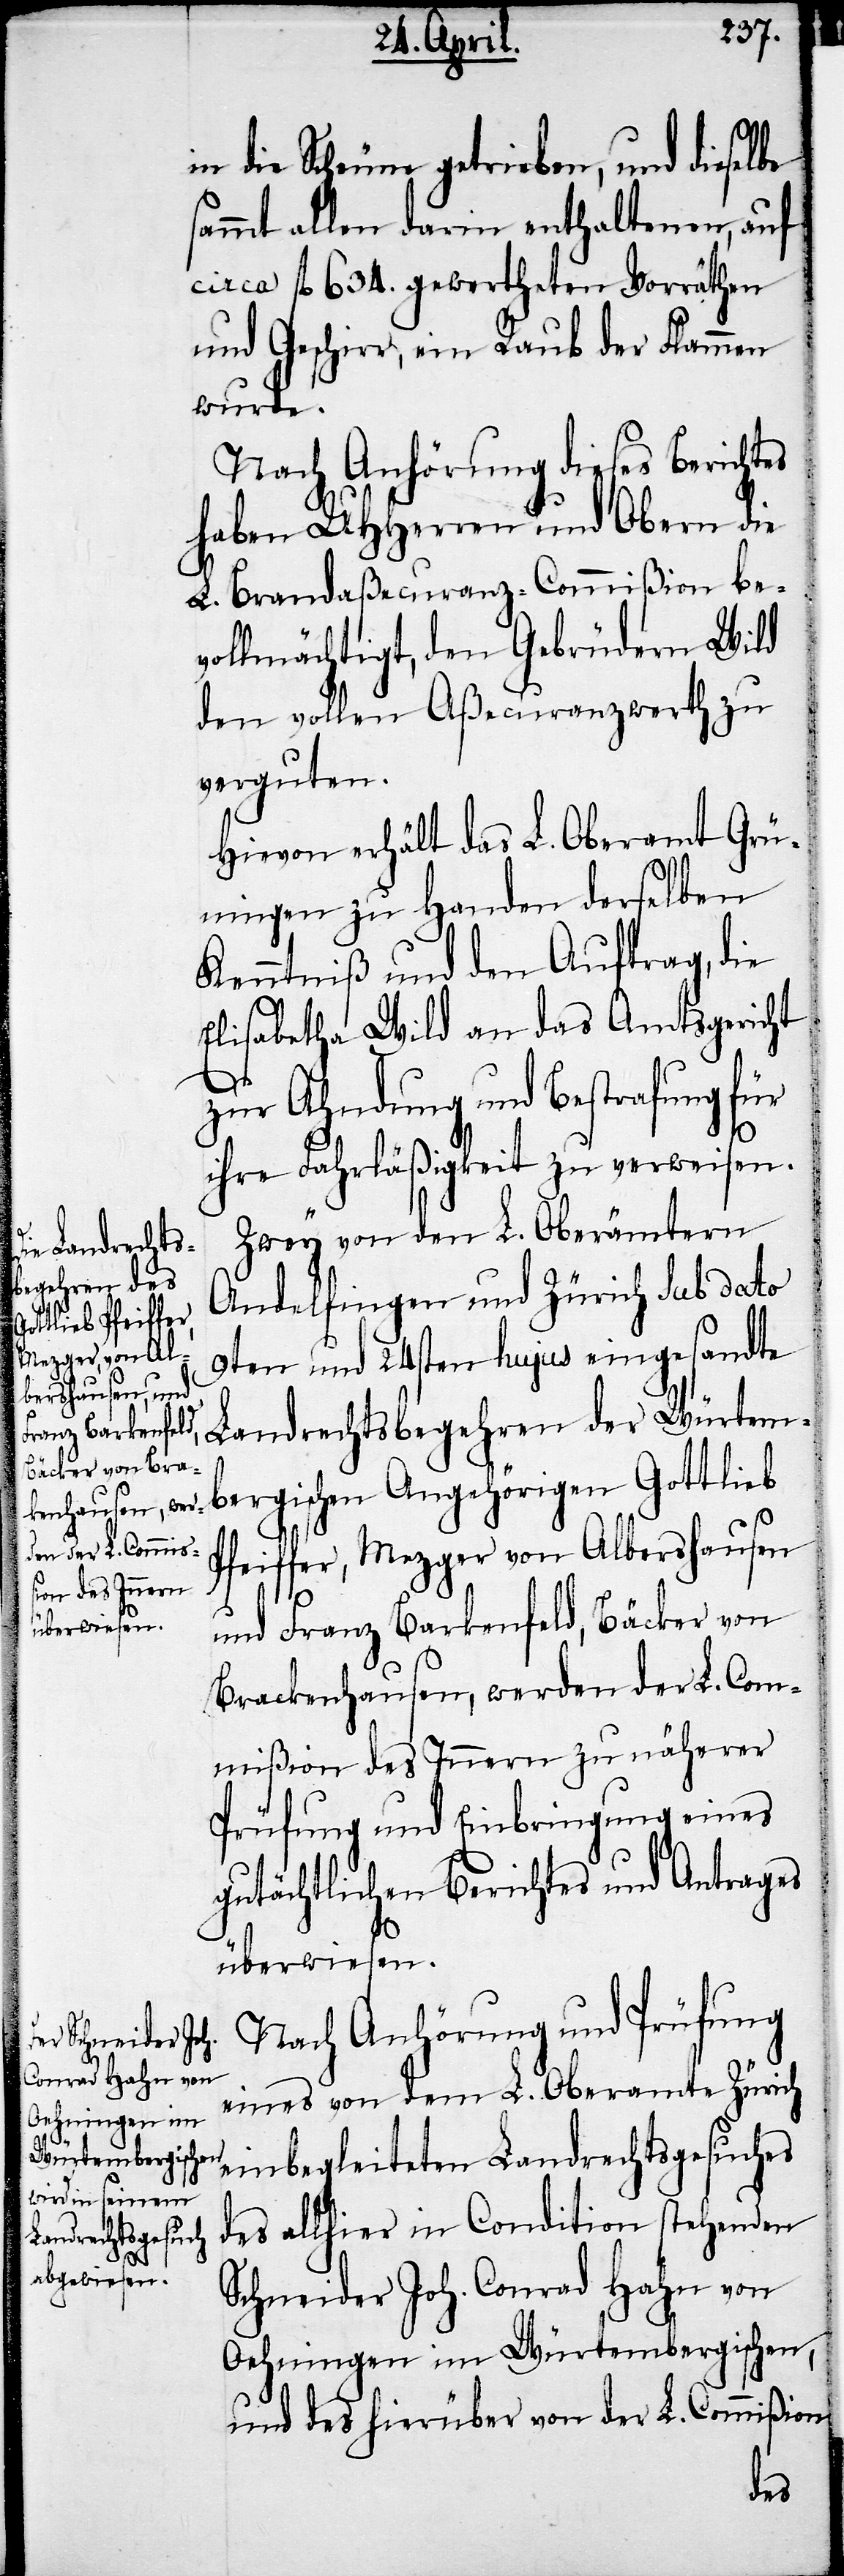
den der L. Com¬

in die Scheune getrieben, und dieselbe
sammt allen darin enthaltenen, auf
circa fl. 634. gewertheten Vorräthen
und Geschirr, ein Raub der Flammen
wurde.
Nach Anhörung dieses Berichtes
haben UHHerren und Obern die
L. Brandaßecuranz-Commißion be¬
vollmächtigt, den Gebrüdern Wild
den vollen Aßecuranzwerth zu
verguten.
Hievon erhält das L. Oberamt Grü¬
ningen zu Handen derselben
Kenntniß und den Auftrag, die
Elisabetha Wild an das Amtsgericht
zur Ahndung und Bestrafung für
ihre Fahrläßigkeit zu verweisen.
Zwey von den L. Oberämtern
Andelfingen und Zürich sub dato
9ten und 24sten hujus eingesandte
Landrechtsbegehren der Würtem¬
bergischen Angehörigen Gottlieb
Pfeiffer, Mezger von Albershausen
und Franz Barkenfeld, Bäcker von
mißion des Innern zu näherer
Prüfung und Einbringung eines
gutächtlichen Berichtes und Antrages
überwiesen.
Nach Anhörung und Prüfung
eines von dem L. Oberamte Zürich
einbegleiteten Landrechtsgesuches
des allhier in Condition stehenden
Schneider Joh. Conrad Hahn von
Oehningen im Würtembergischen,
und des hierüber von der L. Commißion
wer¬